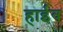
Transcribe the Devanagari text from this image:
हाईव